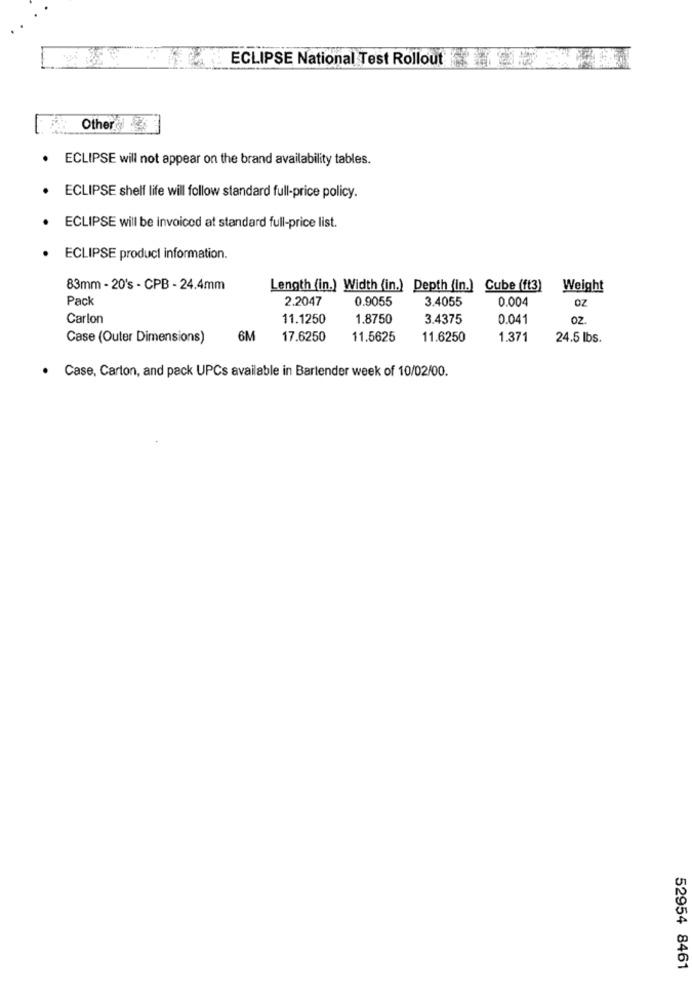
ECLIPSE National Test Rollout
Other
ECLIPSE will not appear on the brand availability tables.
ECLIPSE shelf life will follow standard full-price policy.
ECLIPSE will be invoiced at standard full-price list.
ECLIPSE product information.
83mm - 20's - CPB - 24.4mm
Length (in.) Width (in.) Depth (in.) Cube (ft3) Weight
Pack
2.2047
0.9055
3.4055
0.004
OZ
Carlon
11.1250
1.8750
3.4375
0.041
OZ.
Case (Outer Dimensions)
6M
17.6250
11.5625
11.6250
1.371
24.5 lbs.
Case, Carton, and pack UPCs available in Bartender week of 10/02/00.
52954 8461